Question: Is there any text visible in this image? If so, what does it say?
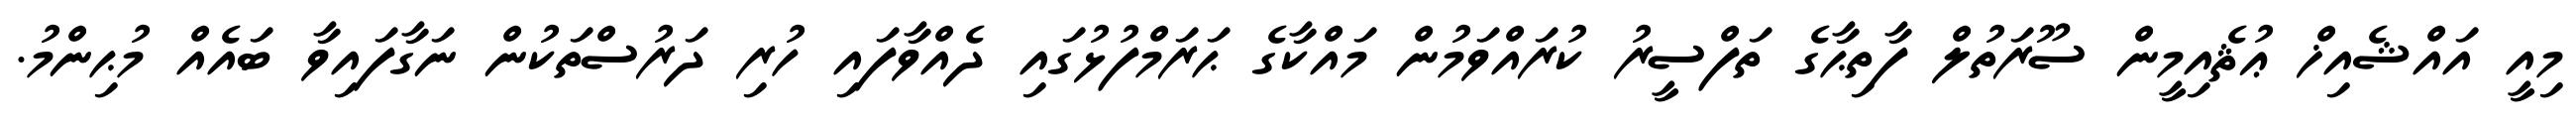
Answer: މިއީ އައްޝެއިޚް ޢުޘެއިމީން ސޫރަތުލް ފާތިޙާގެ ތަފްސީރު ކުރައްވަމުން މައްކާގެ ޙަރަމްފުޅުގައި ދެއްވާފައި ހުރި ދަރުސްތަކުން ނަގާފައިވާ ބައެއް މުޙިންމު.